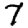
Digit: 7